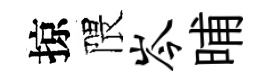
掠隈岑晡